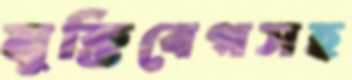
মুক্তিবেগসহ